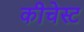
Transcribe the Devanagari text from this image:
कीचेस्ट